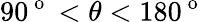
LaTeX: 90^{\mathrm{~o~}}<\theta<180^{\mathrm{~o~}}